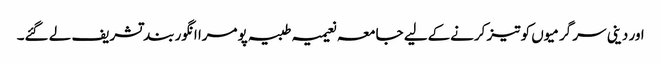
اور دینی سر گرمیوں کو تیز کرنےکےلیے جامعہ نعیمیہ طبیہ پومرا انگور بند تشریف لے گئے۔